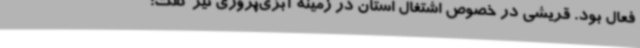
فعال بود. قریشی در خصوص اشتغال استان در زمینه آبزی‌پروری نیز گفت: